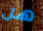
هل